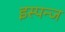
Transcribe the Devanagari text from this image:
इस्पन्ज